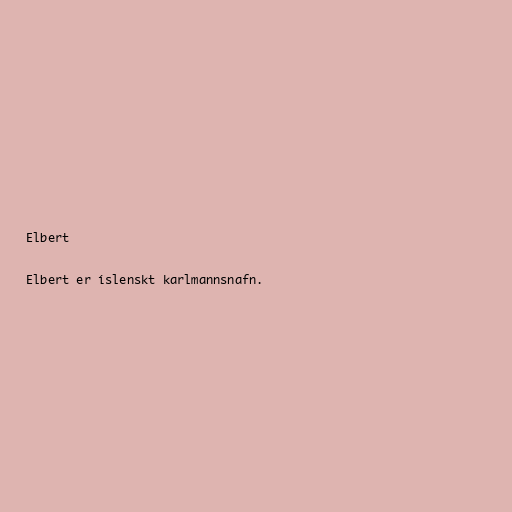
Elbert

Elbert er íslenskt karlmannsnafn.